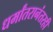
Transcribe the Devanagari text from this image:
धर्मांतरानंतरही